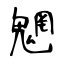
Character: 魍